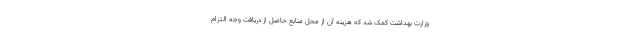
وزارت بهداشت کمک شد که هزینه آن از محل منابع حاصل از دریافت وجه التزام